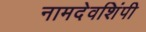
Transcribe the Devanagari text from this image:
नामदेवशिंपी